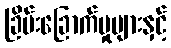
ခြိမ်းခြောက်မှုများနှင့်